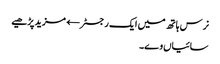
نرس ہاتھ میں ایک رجسٹر← مزید پڑھیے
سائیاں وے۔